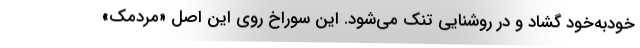
خودبه‌خود گشاد و در روشنایی تنک می‌شود. این سوراخ روی این اصل «مردمک»